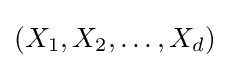
(X_{1},X_{2},\dots ,X_{d})